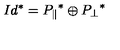
I d ^ { * } = { P _ { \parallel } } ^ { * } \oplus { P _ { \perp } } ^ { * }